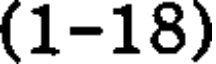
(1-18)